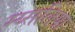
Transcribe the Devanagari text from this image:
म्य्सलिया